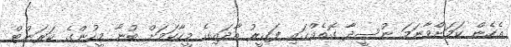
އެހެން ކަމަށްވާނަމަ ނުސީދާ ގޮތެއްގައި ފަގީރު އާދައިގެ މީހާކަމަށް ބުނާ މީހުންގެ ކަރަންޓް